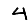
Digit: 4